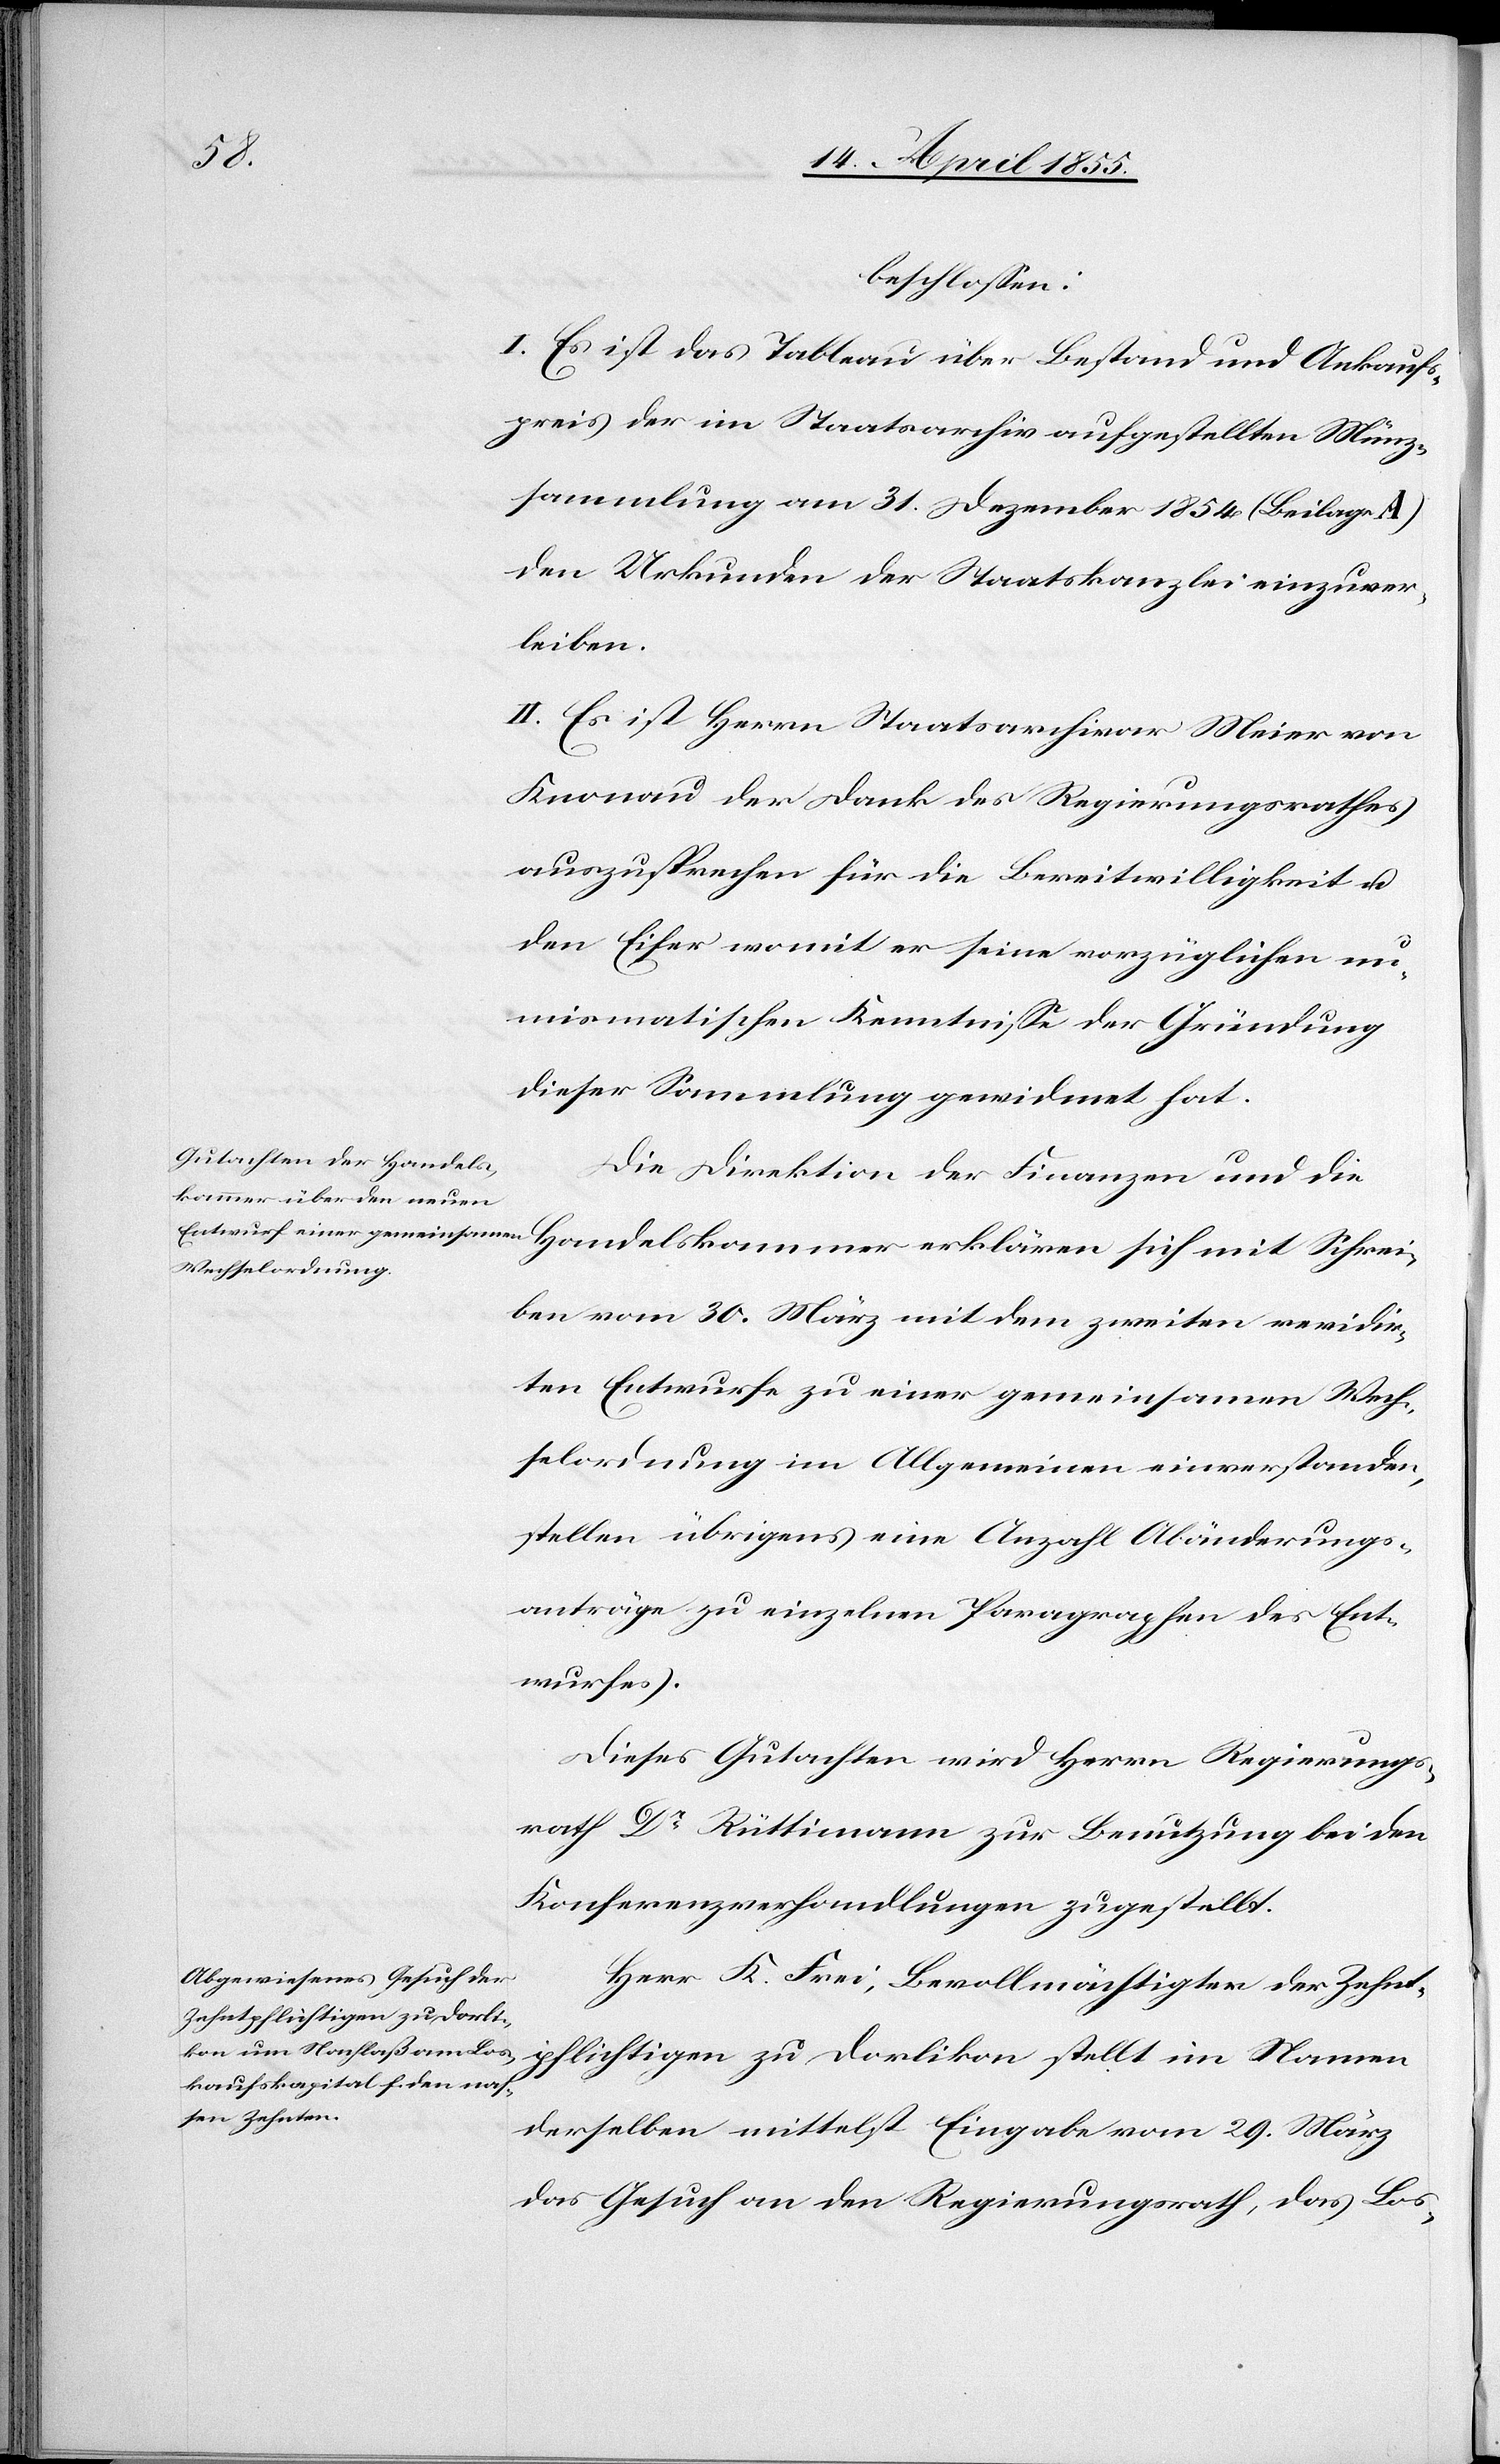
Schr¬

beschlossen:
I. Es ist das Tableau über Bestand und Ankaufs¬
preis der im Staatsarchiv aufgestellten Münz¬
sammlung am 31. Dezember 1854 (Beilage A)
den Urkunden der Staatskanzlei einzuver¬
leiben.
II. Es ist Herrn Staatsarchivar Meier von
Knonau der Dank des Regierungsrathes
auszusprechen für die Bereitwilligkeit u.
den Eifer womit er seine vorzüglichen nu¬
mismatischen Kenntnisse der Gründung
dieser Sammlung gewidmet hat.
Die Direktion der Finanzen und die
eiben vom 30. März mit dem zweiten revidir¬
ten Entwurfe zu einer gemeinsamen Wech¬
selordnung im Allgemeinen einverstanden,
stellen übrigens eine Anzahl Abänderungs¬
anträge zu einzelnen Paragraphen des Ent¬
wurfes.
Dieses Gutachten wird Herrn Regierungs¬
rath Dr Rüttimann zur Benutzung bei den
Konferenzverhandlungen zugestellt.
Herr K. Frei, Bevollmächtigter der Zehnt¬
pflichtigen zu Dorlikon stellt im Namen
derselben mittelst Eingabe vom 29. März
das Gesuch an den Regierungsrath, das Los-